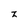
Character: z